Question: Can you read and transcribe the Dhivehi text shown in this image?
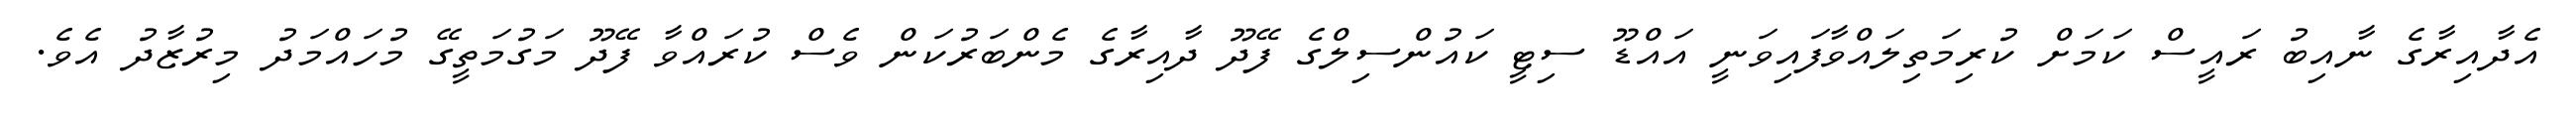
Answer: އެދާއިރާގެ ނާއިބު ރައީސް ކަމަށް ކުރިމަތިލައްވާފައިވަނީ އައްޑޫ ސިޓީ ކައުންސިލްގެ ފޭދޫ ދާއިރާގެ މެންބަރުކަން ވެސް ކުރައްވާ ފޭދޫ މަގުމަތީގޭ މުހައްމަދު މިރުޒާދު އެވެ.